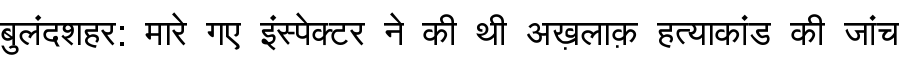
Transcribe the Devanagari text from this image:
बुलंदशहर: मारे गए इंस्पेक्टर ने की थी अख़लाक़ हत्याकांड की जांच